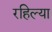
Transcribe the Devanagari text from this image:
रहिल्या